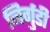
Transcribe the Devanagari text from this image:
निर्गुडी